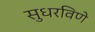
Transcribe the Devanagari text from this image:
सुधरविणे